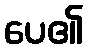
ပေ၏